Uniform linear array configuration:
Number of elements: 32
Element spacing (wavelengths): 1
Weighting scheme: blackman
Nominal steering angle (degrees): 45
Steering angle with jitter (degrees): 45.927
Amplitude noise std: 0.05
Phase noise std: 0.05

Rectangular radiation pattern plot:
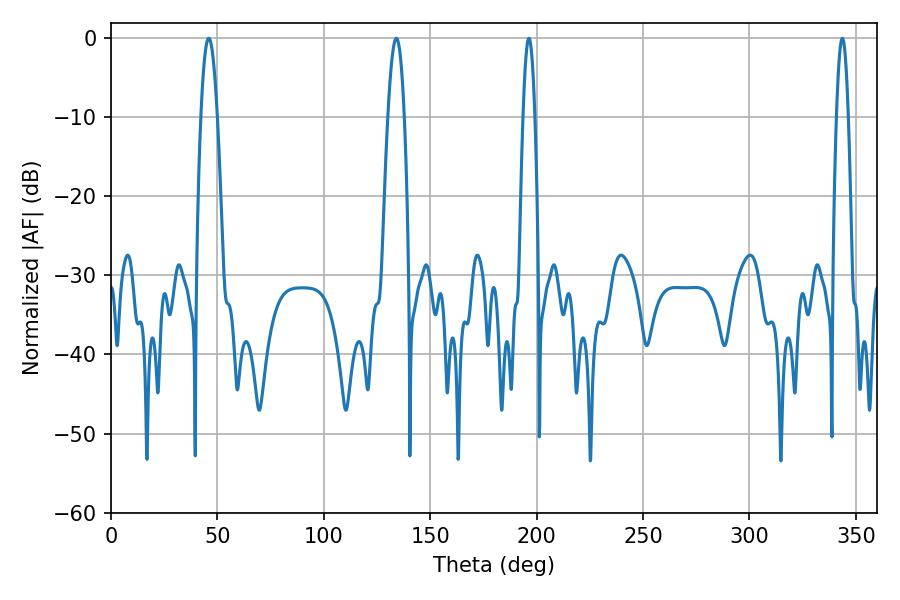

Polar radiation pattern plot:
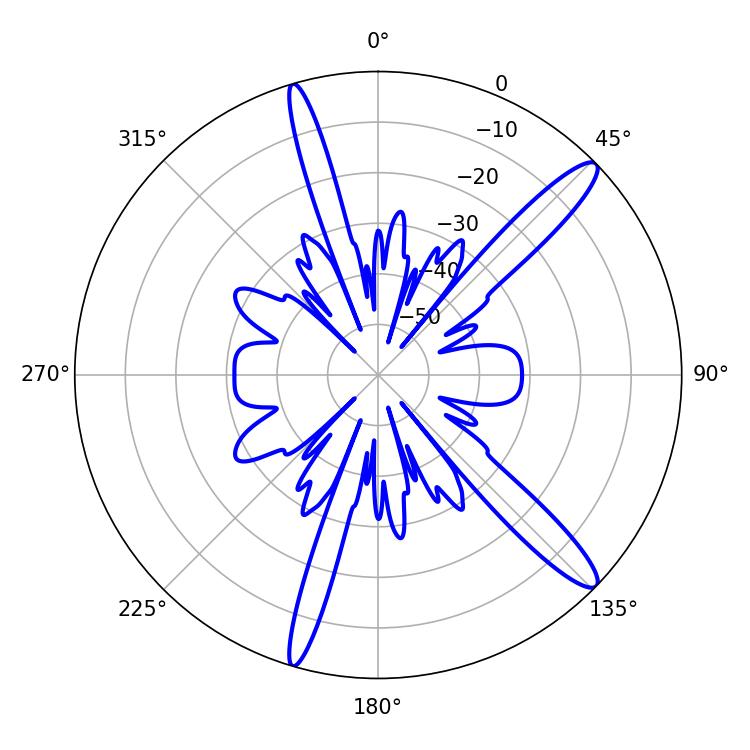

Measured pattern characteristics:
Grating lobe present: TRUE
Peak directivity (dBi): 13.859
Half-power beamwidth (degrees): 4.14
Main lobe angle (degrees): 45.9